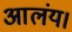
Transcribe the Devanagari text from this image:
आलंय।